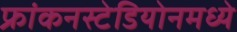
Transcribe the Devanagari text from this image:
फ्रांकनस्टेडियोनमध्ये